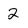
Character: 2